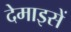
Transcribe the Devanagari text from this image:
देमाइसें